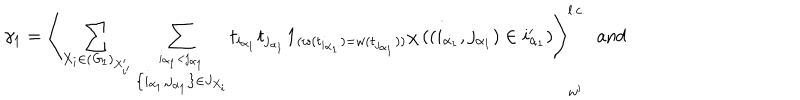
\gamma _ { 1 } = \left\langle \sum _ { X _ { i } \in ( { \it G } _ { 1 } ) _ { X _ { i ^ { \prime } } ^ { \prime } } } \sum _ { \stackrel { i _ { \alpha _ { 1 } } < j _ { \alpha _ { 1 } } } { \left\{ i _ { \alpha _ { 1 } } , j _ { \alpha _ { 1 } } \right\} \in J _ { X _ { i } } } } t _ { i _ { \alpha _ { 1 } } } t _ { j _ { \alpha _ { 1 } } } { \bf 1 } _ { ( w ( t _ { i _ { \alpha _ { 1 } } } ) = w ( t _ { j _ { \alpha _ { 1 } } } ) ) } \chi \left( \left( i _ { \alpha _ { 1 } } , j _ { \alpha _ { 1 } } \right) \in i _ { \alpha _ { 1 } } ^ { \prime } \right) \right\rangle _ { w ^ { \prime } } ^ { l . c . } \; \mathrm { ~ a n d }